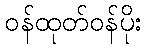
ဝန်ထုတ်ဝန်ပိုး